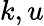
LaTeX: k,u